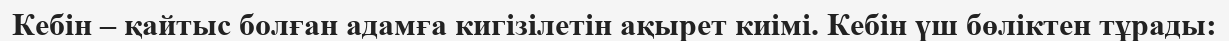
Кебін – қайтыс болған адамға кигізілетін ақырет киімі. Кебін үш бөліктен тұрады: